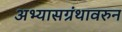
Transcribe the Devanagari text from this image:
अभ्यासग्रंथावरुन